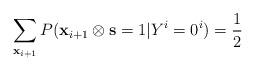
LaTeX: \begin{align*} \sum_{ {\bf x}_{i+1}} P( {\bf x}_{i+1} \otimes {\bf s} =1| Y^i = 0^i ) = \frac{1}{2} \end{align*}